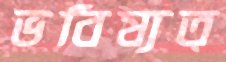
ভবিষ্যত্